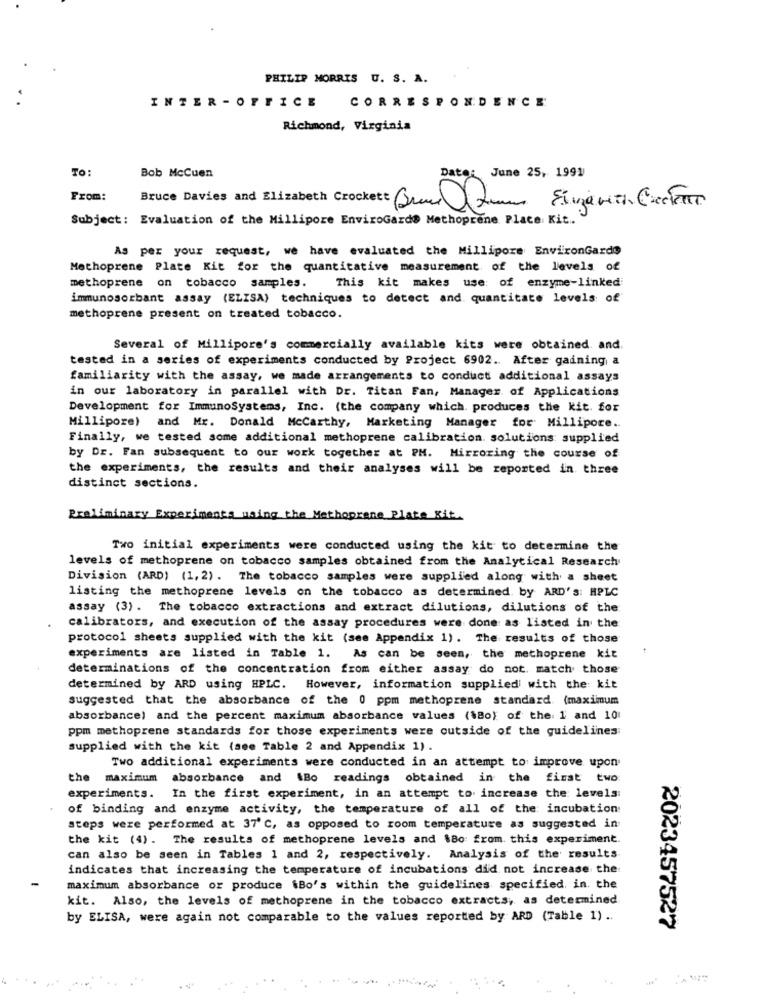
PHILIP MORRIS U. S. A.
INTER - OFFICE
CORRESPONDENCE
Richmond, Virginia
To:
Bob McCuen
Date:
June 25, 1991
From:
Bruce Davies and Elizabeth Crockett BracJian Einarith Cachent
Subject: Evaluation of the Millipore EnviroGarde Methoprene Place Kit ..
As per your request, we have evaluated the Millipore EnvironGarde
Methoprene Plate Kit for the quantitative measurement of the levels of
methoprene on tobacco samples.
This kit makes use: of enzyme-linked
immunosorbant assay (ELISA) techniques to detect and quantitate levels of
methoprene present on treated tobacco.
Several of Millipore's commercially available kits were obtained and.
tested in a series of experiments conducted by Project 6902 .. After gaining a
familiarity with the assay, we made arrangements to conduct additional assays
in our laboratory in parallel with Dr. Titan Fan, Manager of Applications
Development for ImmunoSystems, Inc. (the company which. produces the Kit. for
Millipore) and Mr. Donald Mccarthy, Marketing Manager for Millipore ..
Finally, we tested some additional methoprene calibration. solutions supplied
by Dr. Fan subsequent to our work together at PM. Mirroring the course of
the experiments, the results and their analyses will be reported in three
distinct sections.
Preliminary Experiments using the Methoprane Plate Kit.
Two initial experiments were conducted using the kit to determine the
levels of methoprene on tobacco samples obtained from the Analytical Research
Division (ARD) (1, 2). The tobacco samples were supplied along with a sheet
listing the methoprene levels on the tobacco as determined by ARD'S: HPLC
assay (3). The tobacco extractions and extract dilutions, dilutions of the
calibrators, and execution of the assay procedures were done as listed in the
protocol sheets supplied with the kit (see Appendix 1). The results of those
experiments are listed in Table 1. As can be seen, the methoprene kit
determinations of the concentration from either assay do not. match those
determined by ARD using HPLC. However, information supplied with the kit
suggested that the absorbance of the 0 ppm methoprene standard (maximum
absorbance) and the percent maximum absorbance values (\Bo) of the: 1 and 10
ppm methoprene standards for those experiments were outside of the guidelines
supplied with the kit (see Table 2 and Appendix 1).
Two additional experiments were conducted in an attempt to improve upon
the maximum absorbance and .Bo readings obtained in the first two
experiments. In the first experiment, in an attempt to increase the levels:
of binding and enzyme activity, the temperature of all of the incubation
steps were performed at 37'C, as opposed to room temperature as suggested in
the kit (4). The results of methoprene levels and $80: from. this experiment.
can also be seen in Tables 1 and 2, respectively. Analysis of the results
indicates that increasing the temperature of incubations did not increase the
maximum absorbance or produce $Bo's within the guidelines specified, in. the
kit. Also, the levels of methoprene in the tobacco extracts, as determined
by ELISA, were again not comparable to the values reported by ARD (Table 1) ..
2023457527
..